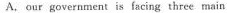
A. our government is facing three main